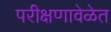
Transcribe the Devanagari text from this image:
परीक्षणावेळेत